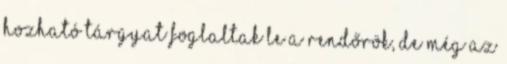
hozható tárgyat foglaltak le a rendőrök, de még az